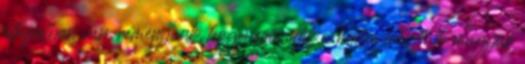
állapotban van, reményünk, hogy erősödik a keletre irányuló magyar